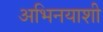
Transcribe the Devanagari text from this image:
अभिनयाशी